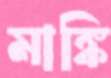
মাঙ্কি